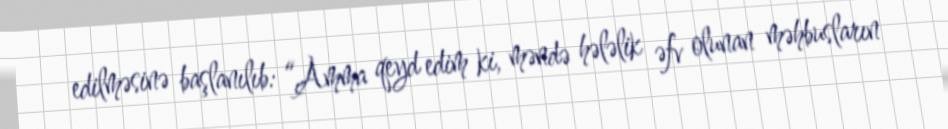
edilməsinə başlanılıb: “Amma qeyd edim ki, məndə hələlik əfv olunan məhbusların